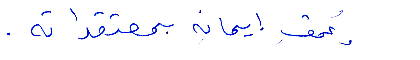
وعمق ايمانه بمعتقداته.